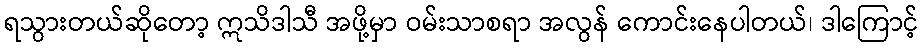
ရသွားတယ်ဆိုတော့ ဣသိဒါသီ အဖို့မှာ ဝမ်းသာစရာ အလွန် ကောင်းနေပါတယ်၊ ဒါကြောင့်